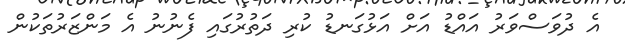
އެ ދުވަސްވަރު އައްޑު އަށް އަޅުގަނޑު ކުރި ދަތުރުގައި ފެނުނު އެ މަންޒަރުތަކުން